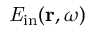
{ \it E } _ { \mathrm { i n } } ( { \bf r } , \omega )